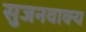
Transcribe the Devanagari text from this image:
सुजनवाक्य